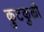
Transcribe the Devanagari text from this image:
कुटकुळी